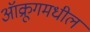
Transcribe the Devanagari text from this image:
ऑक्रूगमधील